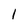
Character: 1